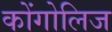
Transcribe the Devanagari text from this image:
कोंगोलिज